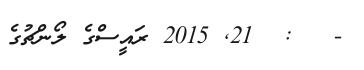
-   :  21